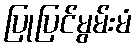
ပြုပြင်မွမ်းမံ